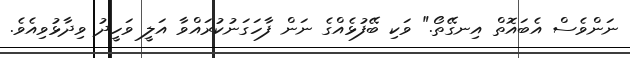
ނަންވެސް އެބައޮތް އިނގޭތޯ." ވަކި ބޭފުޅެއްގެ ނަން ފާހަގަނުކުރައްވާ އަލީ ވަހީދު ވިދާޅުވިއެވެ.